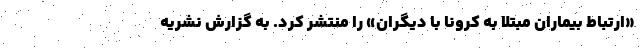
«ارتباط بیماران مبتلا به کرونا با دیگران» را منتشر کرد. به گزارش نشریه